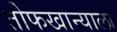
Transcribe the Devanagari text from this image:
तोफखान्याला